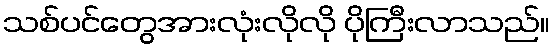
သစ်ပင်တွေအားလုံးလိုလို ပိုကြီးလာသည်။